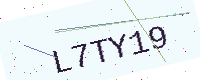
Text: L7TY19